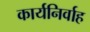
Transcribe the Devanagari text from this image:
कार्यनिर्वाह